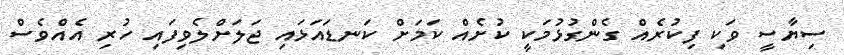
ސިޔާސީ ވަކި ފިކުރެއް ގެންގުޅުމަކީ ކުށެއް ކަމަށް ކަނޑައަޅައި ޖަލަށްލެވިފައި ހުރި އެއްވެސް